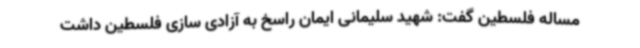
مساله فلسطین گفت: شهید سلیمانی ایمان راسخ به آزادی سازی فلسطین داشت